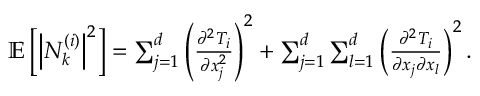
\begin{array} { r } { \mathbb { E } \left[ \left| N _ { k } ^ { ( i ) } \right| ^ { 2 } \right] = \sum _ { j = 1 } ^ { d } \left( \frac { \partial ^ { 2 } T _ { i } } { \partial x _ { j } ^ { 2 } } \right) ^ { 2 } + \sum _ { j = 1 } ^ { d } \sum _ { l = 1 } ^ { d } \left( \frac { \partial ^ { 2 } T _ { i } } { \partial x _ { j } \partial x _ { l } } \right) ^ { 2 } . } \end{array}